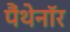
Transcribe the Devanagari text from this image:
पैंथेनॉर